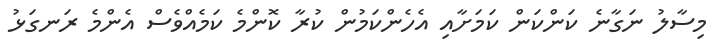
މިސާލު ނަގާނެ ކަންކަން ކަމަށާއި އެހެންކަމުން ކުރާ ކޮންމެ ކަމެއްވެސް އެންމެ ރަނގަޅު